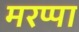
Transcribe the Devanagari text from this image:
मरप्पा